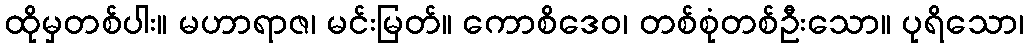
ထိုမှတစ်ပါး။ မဟာရာဇ၊ မင်းမြတ်။ ကောစိဒေဝ၊ တစ်စုံတစ်ဦးသော။ ပုရိသော၊